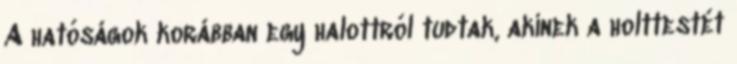
A hatóságok korábban egy halottról tudtak, akinek a holttestét